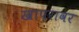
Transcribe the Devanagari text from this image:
खापरावर